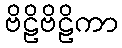
ဗိဠိဗိဠိကာ